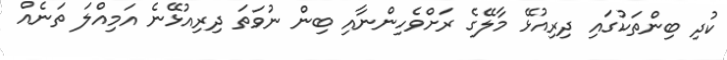
ކުދި ބިންތަކުގައި ދިރިއުޅޭ މާލޭގެ ރަށްވެހިންނާއި ބިން ނުވަތަ ދިރިއުޅޭނެ އަމިއްލަ ތަނެއް